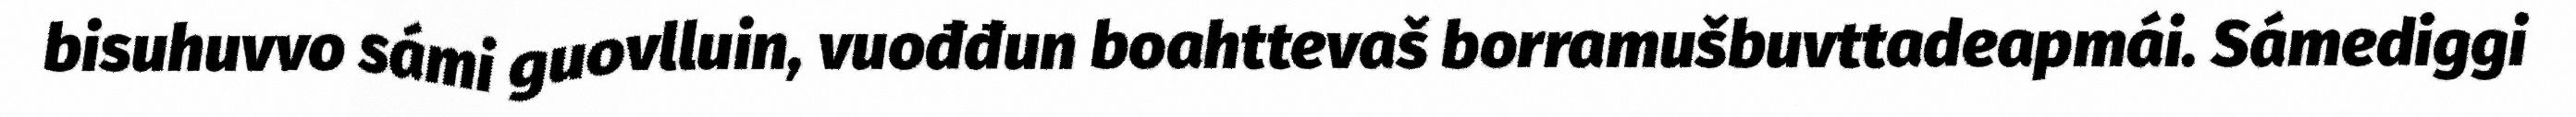
bisuhuvvo sámi guovlluin, vuođđun boahttevaš borramušbuvttadeapmái. Sámediggi